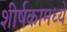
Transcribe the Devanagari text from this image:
शीर्षकामध्ये